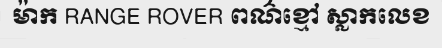
ម៉ាក RANGE ROVER ពណ៌ខ្មៅ ស្លាកលេខ